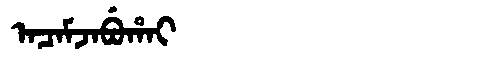
Manchu: ᠠᠴᠠᠮᠵᠠᠪᡠᡥᠠᡳ
Romanization: ACAMJABUHAI